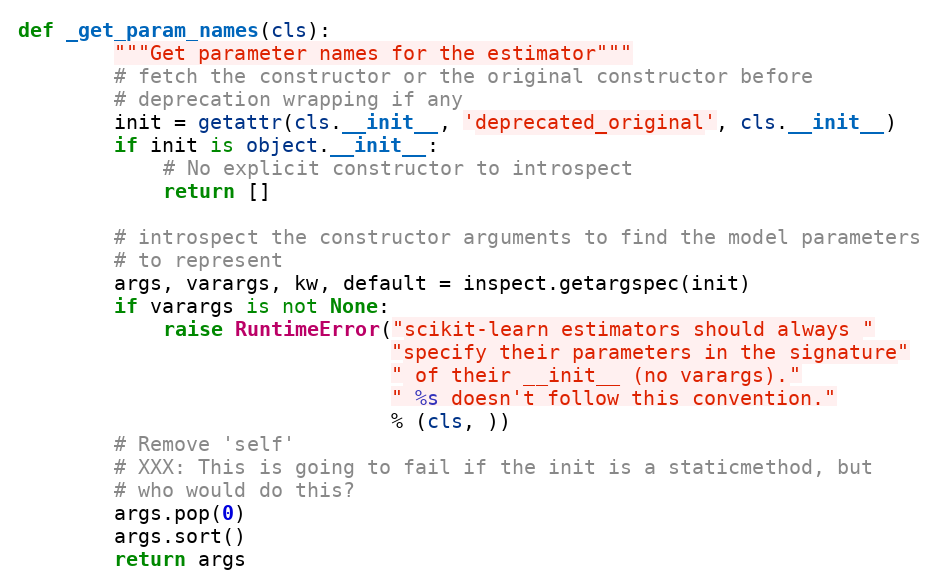
Language: Python
def _get_param_names(cls):
        """Get parameter names for the estimator"""
        # fetch the constructor or the original constructor before
        # deprecation wrapping if any
        init = getattr(cls.__init__, 'deprecated_original', cls.__init__)
        if init is object.__init__:
            # No explicit constructor to introspect
            return []

        # introspect the constructor arguments to find the model parameters
        # to represent
        args, varargs, kw, default = inspect.getargspec(init)
        if varargs is not None:
            raise RuntimeError("scikit-learn estimators should always "
                               "specify their parameters in the signature"
                               " of their __init__ (no varargs)."
                               " %s doesn't follow this convention."
                               % (cls, ))
        # Remove 'self'
        # XXX: This is going to fail if the init is a staticmethod, but
        # who would do this?
        args.pop(0)
        args.sort()
        return args